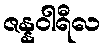
ဇန္နဝါရီလ